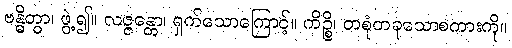
ဗန္ဓိတွာ၊ ဖွဲ့၍။ လဇ္ဇန္တော၊ ရှက်သောကြောင့်။ ကိဉ္စိ၊ တစုံတခုသောစကားကို။